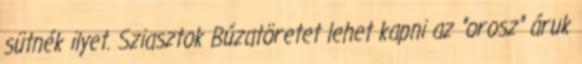
sütnék ilyet. Sziasztok Búzatöretet lehet kapni az "orosz" áruk